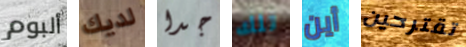
ألبوم لديك جدا تلك أين تقترحين